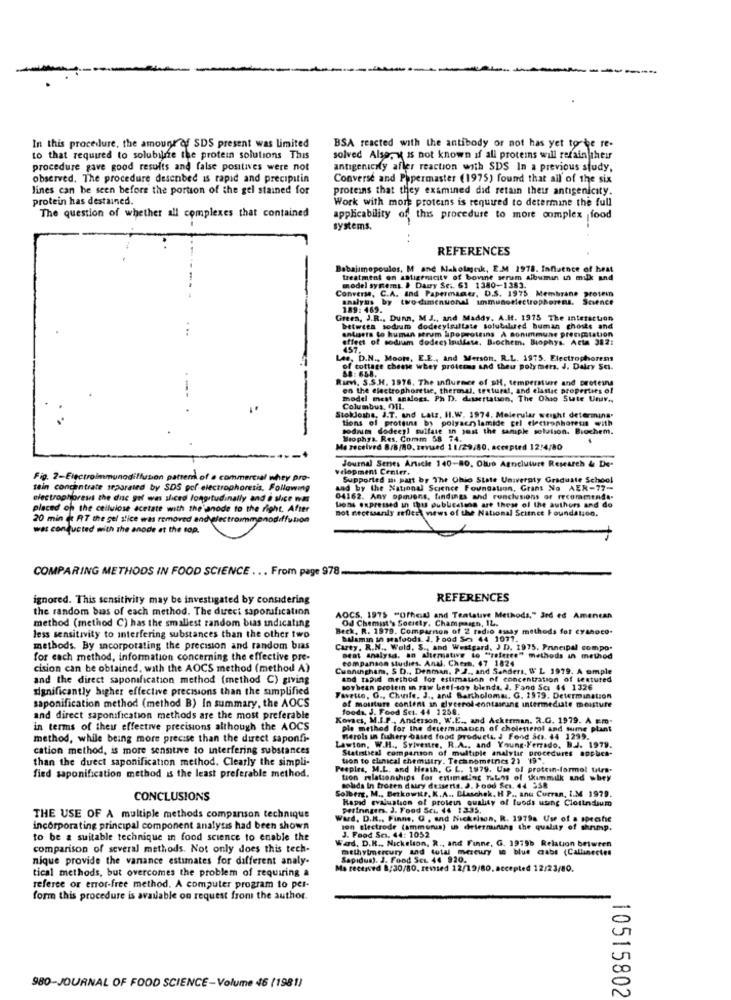
In this procedure, the amount of SDS present was limited
BSA reacted with the antibody or not has yet to be re-
to that required to solubilne the protein solutions This
solved Also, k is not known if all proteins will retain their
procedure gave good results and false positives were not
antigenicily afler reaction with SDS In a previous study,
observed. The procedure desenbed is rapid and precipitin
Converse and Papermaster (1975) found that all of the six
lines can be seen before the portion of the gel stained for
proteins that they examined did retain their antigenicity.
protein has destained.
Work with more proteins is required to determine the full
The question of whether all complexes that contained
applicability of this procedure to more complex food
systems.
REFERENCES
Babajimopoulos, M and Nakolajeuk, E.M 1978. Influence of heat
treatment on antigenicity of bovine serum albumin in milk and
Converse, C.A. and Papermacer, D.S. 1975 Membrane protein
model systems. I Daury Se .. 61 1380-1383.
analyns by two-dimenuonal immunoelectrophoresis. Science
189:469.
Green, J.R ., Dunn, M.J ., and Maddy. A.Ht. 1975 The interaction
. ..
between sodium dodecylsultate solubilired human ghosts and
antisets to human strum lipoproteins A sonimmune prengstation
effect of sodum dodees Inallese, Biochem. Biophys. Acta 382:
457.
Lee, D.N ., Moote, E.E ., and Merson, R.L. 1975. Electrophorens
of cottage cheese whey proteins and theu polymers. J. Dairy Sci-
Rumvi, S.S.H. 1976. The influence of SH, temperature and proteins
88: 658.
on the electrophoretic, thermal, tretural, and elastic properties of
---
model mest analogs. Ph D. dissertation, The Ohio State Univ .,
1.
Columbus, 01L
StokJosha, J.T. and Latz, H.W. 1974. Melerular weight determina.
i proteine by polyach lamide cel electrophoresis with
-
sodaum dodeeyl sulfate in just the sample solution. Biochem.
Biophys. Res. Comm 58 74.
Me received 8/8/80, tevwed 11/29/80, accepted 12:4/80
Journal Senes Article 140-80. Olup Agncluture Research & De.
velopment Center.
Fig. 2-Electroimmunodillusion pattern of a commercial whey pro-
Supported si part by The Ohio State Universty Graduate School
tein concentrate separated by SDS por electrophoresis, Following
and by the National Science Foundation, Grant No AER-77-
electrophoresis the duc gel was sliced longitudinally and è shice was
04162. Any opouens, findings and conclusions or recommends-
placed op the cellulose acetate with the anode to the right. After
tions expressed in thus dublestens are these of the authors and do
not necessarily reflect news of the National Science Foundation.
20 min de AT the gel slice was removed and electrommmonodiffusion
was conducted with the anode at the top.
COMPARING METHODS IN FOOD SCIENCE ... From page 978.
ignored. This sensitivity may be investigated by considering
REFERENCES
the random bias of each method. The direct saporufication
method (method C) has the smallest random bias indicating
AOCS. 1975 "Ofhed) and Tentative Methods," Jrd ed Amencan
Od Chemist's Society. Champaign, IL.
Beck, R. 1979. Comparnon of 2 radio assay methods fot cyanoco-
Beck. R. 1879
less sensitivity to interfering substances than the other two
balamin in seafoods. J. Food So 44 1071.
methods. By incorporating the precision and random bias
Carey, R.N ., Wold, S ., and Westgard, J D. 1975. Principal compo.
for each method, information concerning the effective pre-
companson studies. Anul. Chers. 47 1824
Beat analysa. an alternative to "referee" methods in method
cision can be obtained, with the AOCS method (method A)
Cunningham, $ D ., Denman. P.J ., and Sanders, W L 1979. A omple
and the direct saponification method (method C) giving
and rapid method for estimation of concentration of textured
significantly higher effective precisions than the simplified
soybean protein in raw beef-soy blendt. J. Fand Sci 44 1326
Favetto, O ., Chile, J ., and Bartholoma. G. 1979. Determination
of moisture content an glycerol contasrang intermediate moisture
saponification method (method B) In summary, the AOCS
foods, J. Food Set. 44 1258.
and direct saponification methods are the most preferable
Kovacs, M.I.P ., Anderson, W.E ., and Ackerman. R.G. 1979. A .m.
in terms of theu effective precisions although the AOCS
ple method for the determination of cholesterol and sume plant
method, while being more precise than the direct saponfi-
Herols in faullery based food products, J Food Ses. $4 1299.
cation method, is more sensitive to interfering substances
Lawton, W.H ., Sylvestre, R.A ., and Young-Ferrado. B.J. 1979.
Statistical comparon of multiple analytar procedures applica-
than the duect saponification method. Clearly the simpli-
tion to clinical chemistry. Technometnes 21 19 *.
Peeples, M.L. and Heath, G L. 1979. Use of protein-formol titra-
fied saponification method is the least preferable method.
tion mlationships for estimating Pains of skimmilk and whey
Solberg, M ., Berkowitz, K.A ., Blaschek, H P ., and Curran, I.M 1979.
solids In frozen dury desserts. J. Food Ses. 44 558
CONCLUSIONS
Rapid evaluation of proteins quality of tuods using Clostndium
perinngers. J. Food Sci 44 :1335.
THE USE OF A multiple methods comparison technique
Ward, D.R ., Finns, G , and Nickelson, R. 1979a Use of a specstie
incorporating principal component analysis had been shown
son electrode (ammorua) in determining the quality of shrimp.
to be a suitable technique in food science to enable the
Wad, D.R ., Nickelson, R ., and Finne, G. 1975b Relation between
J. Food Sci. 44: 1052
comparison of several methods. Not only does this tech-
methylmercury and total mercury in blue crabs (Callinectes
nique provide the vanance estimates for different analy.
Sapidus). J. Food SEL 44 920.
tical methods, but overcomes the problem of requiring a
Ma received 8:30/80, remsed 12/19/80,accepted 12/23/80.
referee or error-free method. A computer program to per-
form this procedure is available on request from the author.
980-JOURNAL OF FOOD SCIENCE-Volume 46 (1981)
10515802